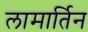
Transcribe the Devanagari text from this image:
लामार्तिन